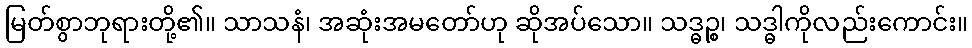
မြတ်စွာဘုရားတို့၏။ သာသနံ၊ အဆုံးအမတော်ဟု ဆိုအပ်သော။ သဒ္ဓဉ္စ၊ သဒ္ဓါကိုလည်းကောင်း။